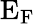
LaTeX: \mathrm{E_{F}}